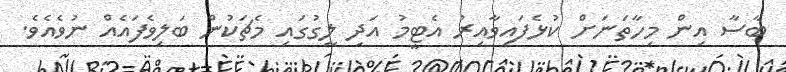
ބާސާ އިން މިހާތަނަށް ކުޅެފައިވާއިރު އެޓީމު އަދި ލީގުގައި މެޗަކުން ބަލިވެފައެއް ނުވެއެވެ.